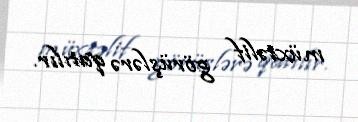
müxtəlif görüşlərə qatılır.